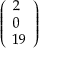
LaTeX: \left( \begin{array} { l } { 2 } \\ { 0 } \\ { 1 9 } \end{array} \right)